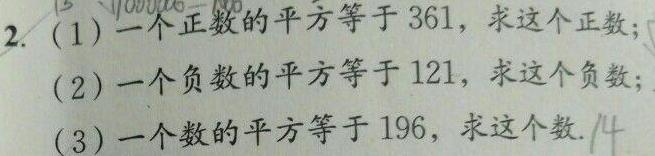
2. (1)一个正数的平方等于361，求这个正数；
(2)一个负数的平方等于121，求这个负数；
(3)一个数的平方等于196，求这个数.